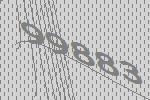
99883